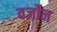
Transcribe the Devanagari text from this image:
वर्जोन